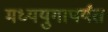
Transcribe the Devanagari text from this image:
मध्ययुगापर्यंत